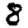
Digit: 8